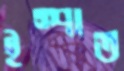
ইস্পাত